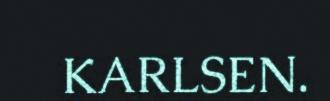
KARLSEN.